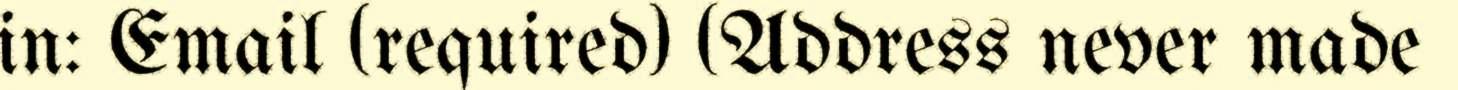
in: Email (required) (Address never made